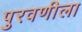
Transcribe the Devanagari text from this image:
पुरवणीला